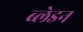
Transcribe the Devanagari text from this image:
ब्लेडन